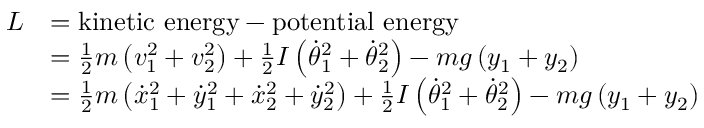
{ \begin{array} { r l } { L } & { = { \mathrm { k i n e t i c ~ e n e r g y } } - { \mathrm { p o t e n t i a l ~ e n e r g y } } } \\ & { = { \frac { 1 } { 2 } } m \left( v _ { 1 } ^ { 2 } + v _ { 2 } ^ { 2 } \right) + { \frac { 1 } { 2 } } I \left( { { \dot { \theta } } _ { 1 } } ^ { 2 } + { { \dot { \theta } } _ { 2 } } ^ { 2 } \right) - m g \left( y _ { 1 } + y _ { 2 } \right) } \\ & { = { \frac { 1 } { 2 } } m \left( { { \dot { x } } _ { 1 } } ^ { 2 } + { { \dot { y } } _ { 1 } } ^ { 2 } + { { \dot { x } } _ { 2 } } ^ { 2 } + { { \dot { y } } _ { 2 } } ^ { 2 } \right) + { \frac { 1 } { 2 } } I \left( { { \dot { \theta } } _ { 1 } } ^ { 2 } + { { \dot { \theta } } _ { 2 } } ^ { 2 } \right) - m g \left( y _ { 1 } + y _ { 2 } \right) } \end{array} }